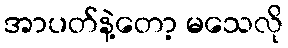
အာပတ်နဲ့တော့ မသေလို